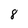
Character: 8